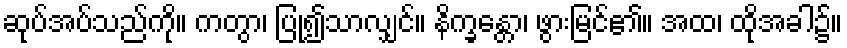
ဆုပ်အပ်သည်ကို။ ကတွာ၊ ပြု၍သာလျှင်။ နိက္ခန္တော၊ ဖွားမြင်၏။ အထ၊ ထိုအခါ၌။